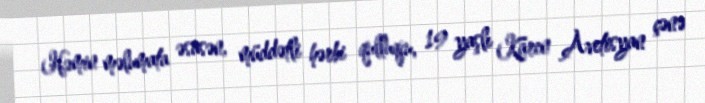
Həmin məlumata əsasən, müddətli hərbi qulluqçu, 19 yaşlı Karen Avetisyan çənə